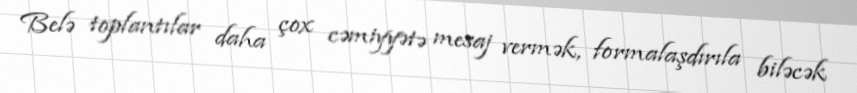
Belə toplantılar daha çox cəmiyyətə mesaj vermək, formalaşdırıla biləcək